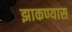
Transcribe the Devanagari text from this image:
झाकण्यास